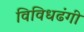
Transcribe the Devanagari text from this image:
विविधढंगी